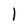
Character: 1